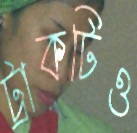
ট্রাকটিও